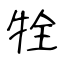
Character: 牷